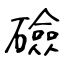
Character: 礆